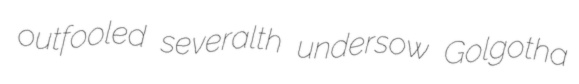
outfooled severalth undersow Golgotha